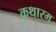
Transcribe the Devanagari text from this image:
कथारम